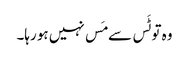
وہ تو ٹَس سے مَس نہیں ہو رہا۔